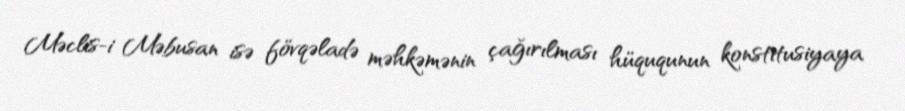
Məclis-i Məbusan isə fövqəladə məhkəmənin çağırılması hüququnun konstitusiyaya